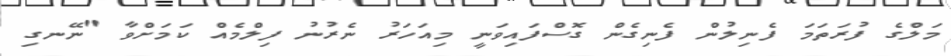
މަލްގެ ފުރަތަމަ ފެނިލުން ފެނިގެން ގޮސްފައިވަނީ މިއަހަރު ނެރުނު ފިލްމެއް ކަމަށްވާ "ނޭނގި